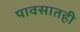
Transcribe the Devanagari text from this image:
पावसातही